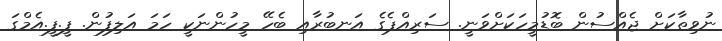
ނުވިތާކަށް ޖެއްސުން ބޮޑުމީހަކަށްވަނީ. ސަރިއްޕެގެ އަނބުރާއި ބެހޭ މީހުންނަކީ ހަމަ އަލިފުން. ފީ.ފީ.އެމްގަ